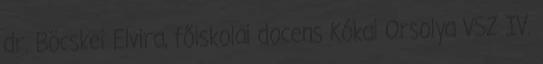
dr. Böcskei Elvira, főiskolai docens Kókai Orsolya VSZ IV.